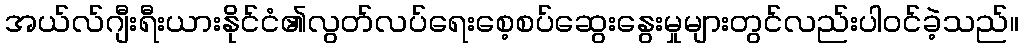
အယ်လ်ဂျီးရီးယားနိုင်ငံ၏လွတ်လပ်ရေးစေ့စပ်ဆွေးနွေးမှုများတွင်လည်းပါဝင်ခဲ့သည်။